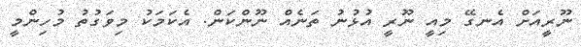
ނޫރީއަށް އެނގޭ މިއީ ނޫރީ އުޅުނު ތަނެއް ނޫންކަން. އެކަމަކު މިވަގުތު މުހިންމީ